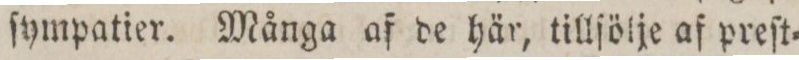
ſympatier. Många af de här tillſölje af preſt=